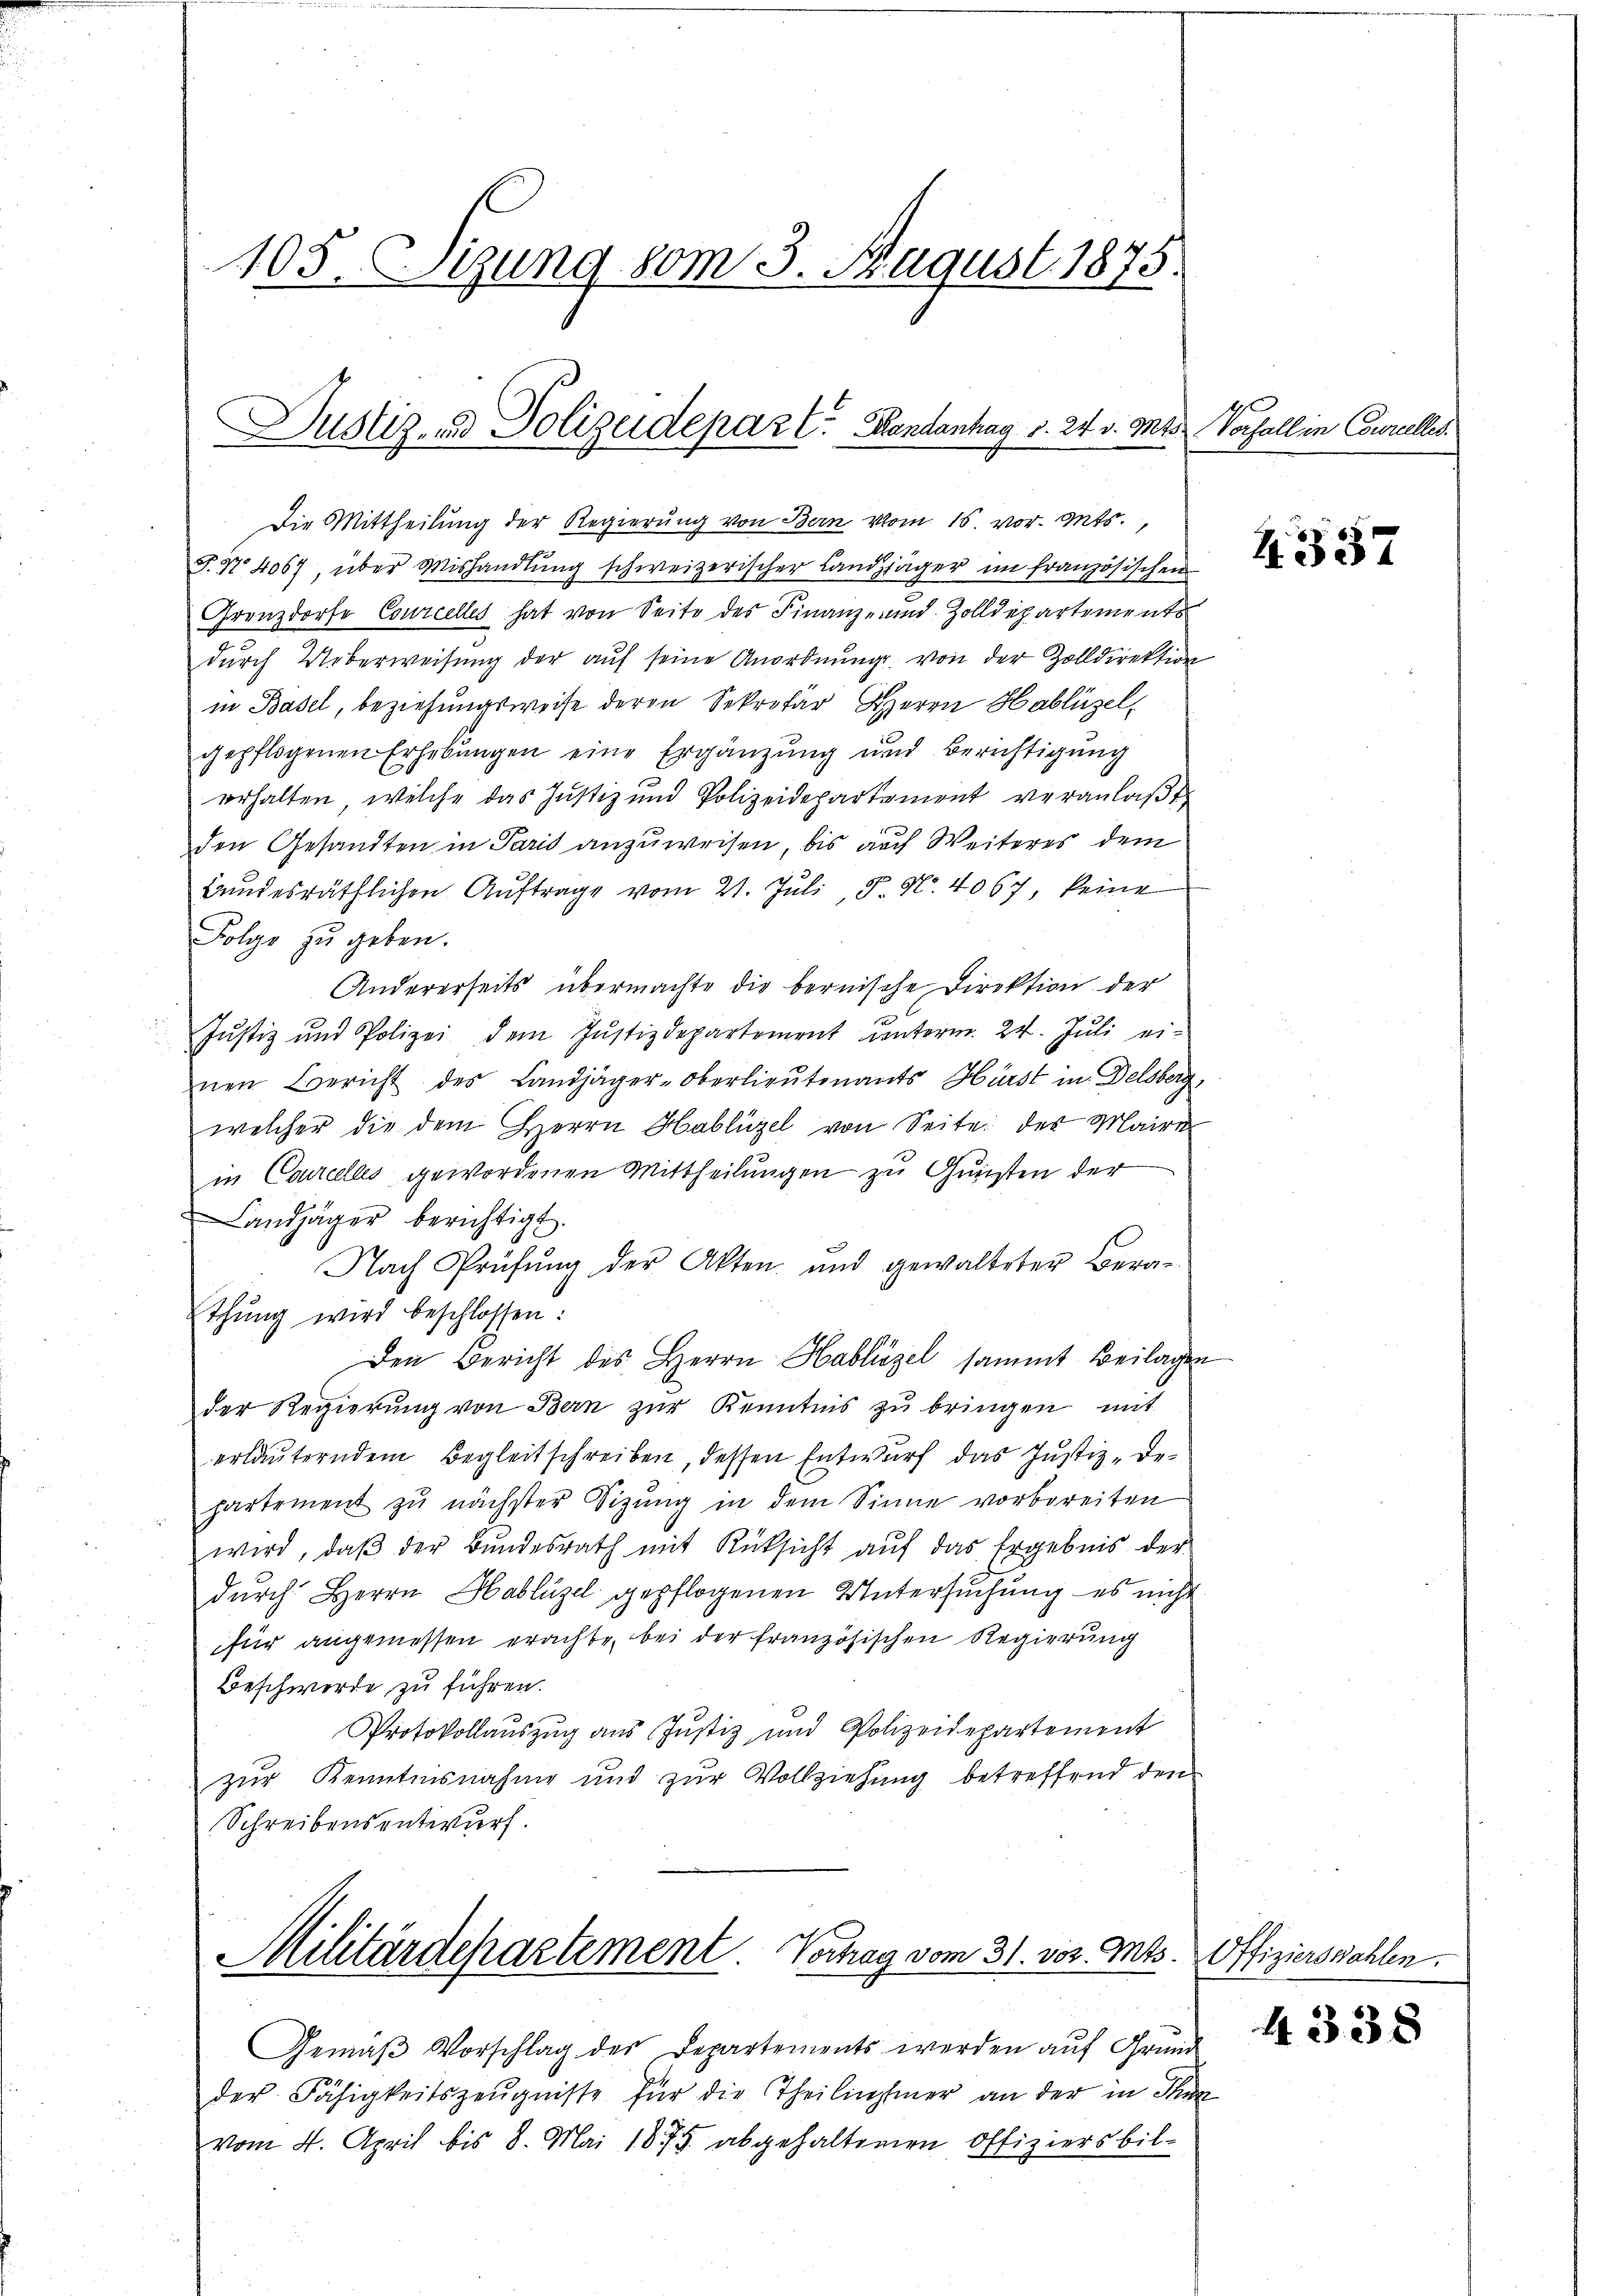
105. Sizung vom 3. August 1875.

Justiz- und Polizeidepaz E. Handanhag §. 24. v. Mts. Vorfall in Conrelles.

Die Mittheilung der Regierung von Bern vom 15. vor. Mts.,
T. No 4067, über Mishandlŭng schweizerischer Landjäger im französischen
Grenzdorfe Courcelles hat von Seite des Finanz- und Zolldepartements
dŭrch Ueberweisŭng der aŭf seine Anordnŭng von der Zolldirektion
in Basel, beziehungsweise deren Sekretär Herrn Hablüzel,
gepflogenen Erhebŭngen eine Ergänzŭng und Berichtigŭng
erhalten, welche das Justiz und Polizeidepartement veranlaßt
den Gesandten in Paris anzuweisen, bis auch Weiteres dem
Bundesräthlichen Auftrage vom 21. Juli, P. Nr. 4067, keine
Folge zu geben.
Andererseits übermachte die bernische Direktion der
Justiz und Polizei dem Justizdepartement unterm 24. Jŭli ei-
nen Bericht des Landjäger-Oberlieutenants Hürst in Delsberg,
welcher die dem Herrn Hablüzel von Seite des Maire
in Cancelles gewordenen Mittheilungen zu Gunsten der
Landjäger berichtigt.
Nach Prüfŭng der Akten und gewalteter Bera-
thŭng wird beschlossen:
Den Bericht des Herrn Hablüzel sammt Beilagen
der Regierŭng von Bern zŭr Kenntnis zŭ bringen mit
erläuterndem Begleitschreiben, dessen Entwurf das Justiz-Departement zu nächster Sitzŭng in dem Sinne vorbereiten
wird, daβ der Bundesrath mit Rücksicht auf das Ergebnis der
durch Herrn Hablügel gepflogenen Untersuchung es nicht
für angemessen erachte, bei der französischen Regierung
Beschwerde zu führen.
Protokollauszug aus Justiz und Polizeidepartement
zur Kenntnisnahme und zur Vollziehung betreffend den
Schreibensentwurf.

Militärdepartement. Vorhay vom 31. vor. Mts.

Gemäß Vorschlag des Departements werden auf Grund
der Fähigkeitszeugnisse für die Theilnehmer an der in Thur
vom 4. April bis 8. Mai 1875. abgehaltenen Offiziers bil¬

R. 337

Offizierswahlen.

4338